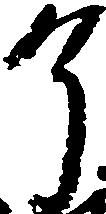
了